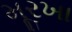
મૂરખા